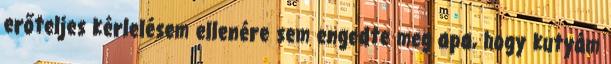
erőteljes kérlelésem ellenére sem engedte meg apa, hogy kutyám